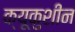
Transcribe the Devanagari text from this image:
क्यूकुशीन